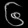
Digit: ၆